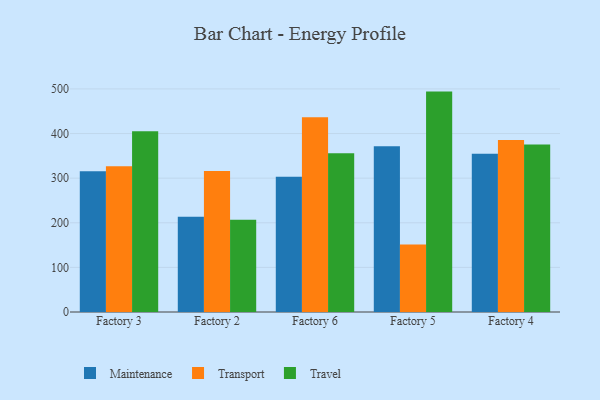
{"axis": {"x": "Factory", "y": "Latency (ms)"}, "legend": ["Maintenance", "Transport", "Travel"], "data": [{"x": "Factory 3", "y": 315.3, "type": "Maintenance"}, {"x": "Factory 3", "y": 326.5, "type": "Transport"}, {"x": "Factory 3", "y": 405.2, "type": "Travel"}, {"x": "Factory 2", "y": 213.7, "type": "Maintenance"}, {"x": "Factory 2", "y": 316.2, "type": "Transport"}, {"x": "Factory 2", "y": 206.6, "type": "Travel"}, {"x": "Factory 6", "y": 303.3, "type": "Maintenance"}, {"x": "Factory 6", "y": 436.4, "type": "Transport"}, {"x": "Factory 6", "y": 355.7, "type": "Travel"}, {"x": "Factory 5", "y": 371.7, "type": "Maintenance"}, {"x": "Factory 5", "y": 151.1, "type": "Transport"}, {"x": "Factory 5", "y": 494.0, "type": "Travel"}, {"x": "Factory 4", "y": 354.5, "type": "Maintenance"}, {"x": "Factory 4", "y": 385.7, "type": "Transport"}, {"x": "Factory 4", "y": 375.6, "type": "Travel"}]}